Report of an investigation into the causes of the diseases known in Assam as Kála-Azár and Beri-Beri
Disease focus: Beri-Beri
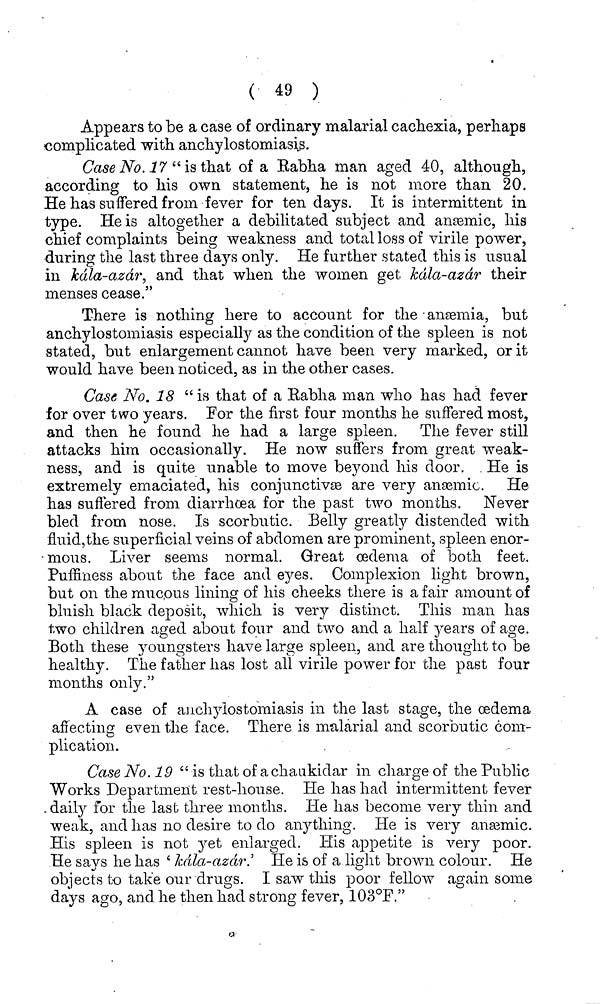
( 49 )
Appears to be a case of ordinary malarial cachexia, perhaps
complicated with anchylostomiasis.
Case No. 17 "is that of a Eabha man aged 40, although,
according to his own statement, he is not more than 20.
He has suffered from fever for ten days. It is intermittent in
type. He is altogether a debilitated subject and anæmic, his
chief complaints being weakness and total loss of virile power,
during the last three days only. He further stated this is usual
in kála-azár, and that when the women get, kála-azár their
menses cease."
There is nothing here to account for the · anæmia, but
anchylostomiasis especially as the condition of the spleen is not
stated, but enlargement cannot have been very marked, or it
would have been noticed, as in the other cases.
Case No. 18 " is that of a Eabha man who has had fever
for over two years. For the first four months he suffered most,
and then he found he had a large spleen. The fever still
attacks him occasionally. He now suffers from great weak-
ness, and is quite unable to move beyond his door. He is
extremely emaciated, his conjunctivas are very anæmic. He-
has suffered from diarrhoea for the past two months. Never
bled from nose. Is scorbutic. Belly greatly distended with
fluid,the superficial veins of abdomen are prominent, spleen enor-
mous. Liver seems normal. Great oedema of both feet.
Puffiness about the face and eyes. Complexion light brown,
but on. the mucous lining of his cheeks there is a fair amount of
bluish black deposit, which is very distinct. This man has
two children aged about four and two and a half years of age.
Both these youngsters have large spleen, and are thought to be
healthy. The father has lost all virile power for the past four
months only."
A case of anchylostomiasis in the last stage, the oedema
affecting even the face. There is malarial and scorbutic com-
plication.
Case No. 19 "is that of a chaukidar in charge of the Public
Works Department rest-house. He has had intermittent fever
daily for the last three· months. He has become very thin and
weak, and has no desire to do anything. He is very anæmic.
His spleen is not yet enlarged. His appetite is very poor.
He says he has ' kála-azár. ' He is of a light brown colour. He
objects to take our drugs. I saw this poor fellow again some
days ago, and he then had strong fever, 103°F."